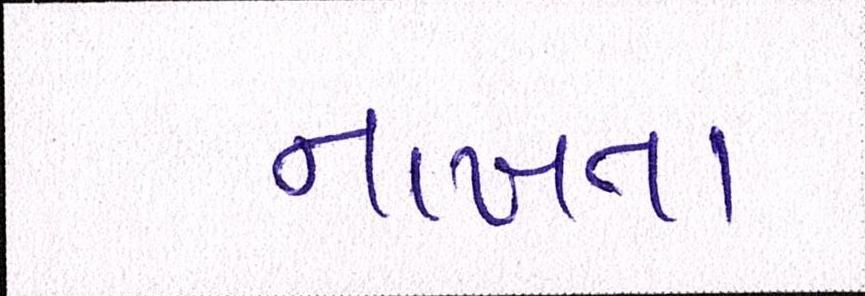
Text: નાખતા